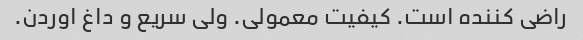
راضی کننده است. کیفیت معمولی. ولی سریع و داغ اوردن.